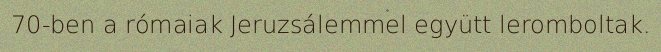
70-ben a rómaiak Jeruzsálemmel együtt leromboltak.